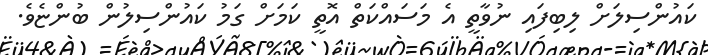
ކައުންސިލަށް ލިބިފައި ނުވާތީ އެ މަސައްކަތް އޮތީ ކަމަށް ގަމު ކައުންސިލުން ބުންޏެވެ.